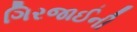
ગિરજાઈની